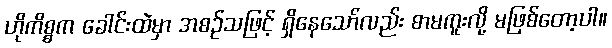
ဟိုကိစ္စက ခေါင်းထဲမှာ အစဉ်သဖြင့် ရှိနေသော်လည်း စာမကူးလို့ မဖြစ်တော့ပါ။